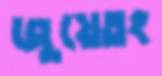
জুয়েতং